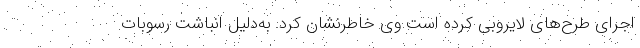
اجرای طرح‌های لایروبی کرده است.وی خاطرنشان کرد: به‌دلیل انباشت رسوبات